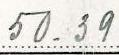
50.39